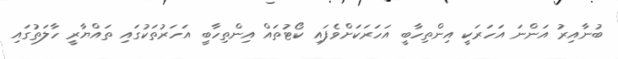
ބުނާއިރު އަންނަ އަހަރަކީ އިންތިހާބީ އަހަރަކަށްވެފައި ކޯޓުތައް އިންތިހާބީ އަހަރުތަކުގައި ތައްޔާރީ ހާލަތުގައި